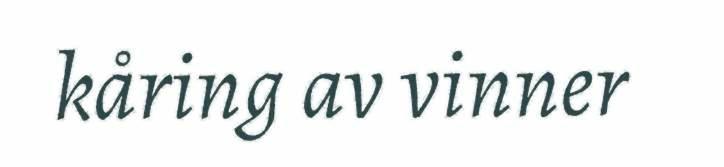
kåring av vinner